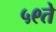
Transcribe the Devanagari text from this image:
५९ते